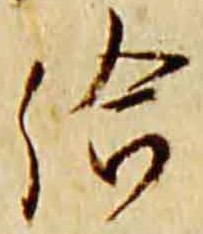
給